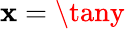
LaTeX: \mathbf{x}=\tany\,